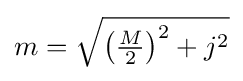
{}m={\sqrt {\left({\tfrac {M}{2}}\right)^{2}+j^{2}}}